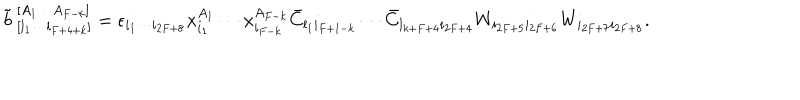
LaTeX: \tilde { b } _ { ~ [ l _ { 1 } \cdots l _ { F + 4 + k } ] } ^ { ~ [ A _ { 1 } \cdots A _ { F - k } ] } = \epsilon _ { i _ { 1 } \cdots i _ { 2 F + 8 } } x _ { i _ { 1 } } ^ { A _ { 1 } } \cdots x _ { i _ { F - k } } ^ { A _ { F - k } } \bar { C } _ { l _ { 1 } i _ { F + 1 - k } } \cdots \bar { C } _ { l _ { k + F + 4 } i _ { 2 F + 4 } } W _ { i _ { 2 F + 5 } i _ { 2 F + 6 } } W _ { i _ { 2 F + 7 } i _ { 2 F + 8 } } .